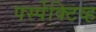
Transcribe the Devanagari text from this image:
पर्स्पेक्टिव्ह